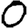
Digit: 0